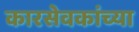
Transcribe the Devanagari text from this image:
कारसेवकांच्या